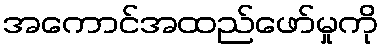
အကောင်အထည်ဖော်မှုကို